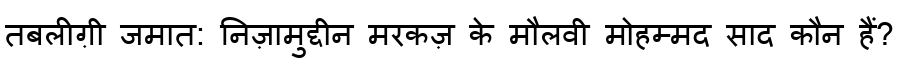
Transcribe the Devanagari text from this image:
तबलीग़ी जमात: निज़ामुद्दीन मरकज़ के मौलवी मोहम्मद साद कौन हैं?